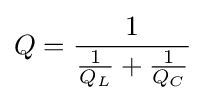
Q={\frac {1}{{\frac {1}{Q_{L}}}+{\frac {1}{Q_{C}}}}}